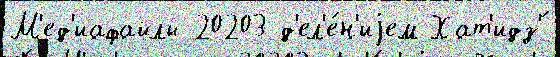
М'ед'иафайлы 20203 д'ел'е́н'иjем Хат'идз'́